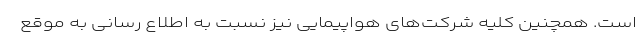
است. همچنین کلیه شرکت‌های هواپیمایی نیز نسبت به اطلاع رسانی به موقع